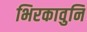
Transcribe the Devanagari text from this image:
भिरकावुनि